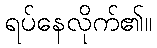
ရပ်နေလိုက်၏။